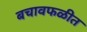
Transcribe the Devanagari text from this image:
बचावफळीत